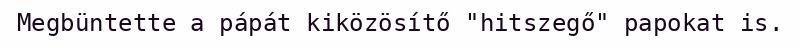
Megbüntette a pápát kiközösítő "hitszegő" papokat is.